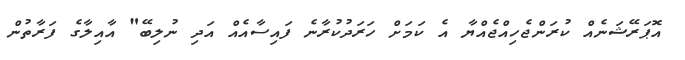
އޮޕަރޭޝަނެއް ކުރަންޖެހިއްޖެއްޔާ އެ ކަމަށް ހަރަދުކުރާނެ ފައިސާއެއް އަދި ނުލިބޭ" އާއިލާގެ ފަރާތުން